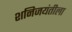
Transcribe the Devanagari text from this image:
शनिजयंतीला